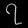
Digit: ၇